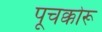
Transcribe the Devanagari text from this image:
पूचक्कोरू